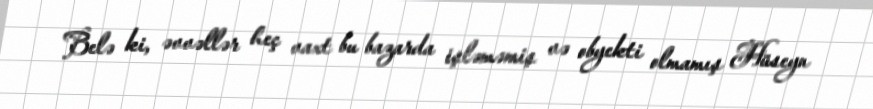
Belə ki, əvvəllər heç vaxt bu bazarda işləməmiş və obyekti olmamış Hüseyn